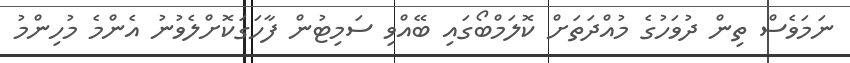
ނަމަވެސް ތިން ދުވަހުގެ މުއްދަތަށް ކޮލަމްބޯގައި ބޭއްވި ސަމިޓުން ފާހަގަކޮށްލެވުނު އެންމެ މުހިންމު